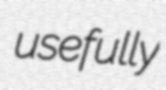
usefully